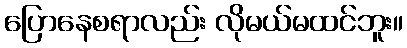
ပြောနေစရာလည်း လိုမယ်မထင်ဘူး။